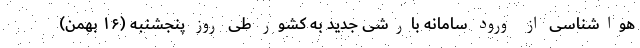
هواشناسی از ورود سامانه بارشی جدید به کشور طی روز پنجشنبه (۱۶ بهمن)